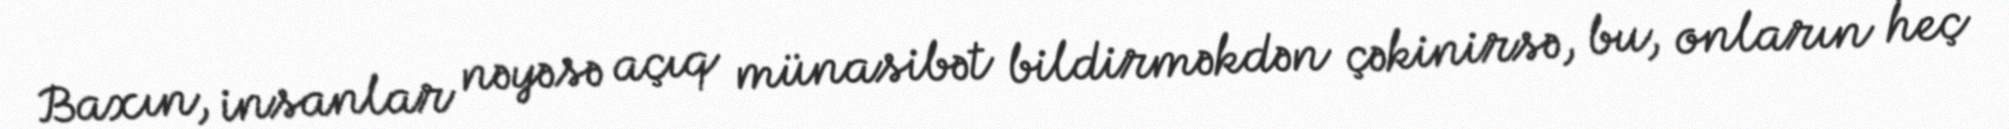
Baxın, insanlar nəyəsə açıq münasibət bildirməkdən çəkinirsə, bu, onların heç